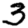
Digit: 3